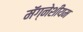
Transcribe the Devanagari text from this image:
मॅग्नेशीयम